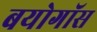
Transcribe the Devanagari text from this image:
बयोगॉस